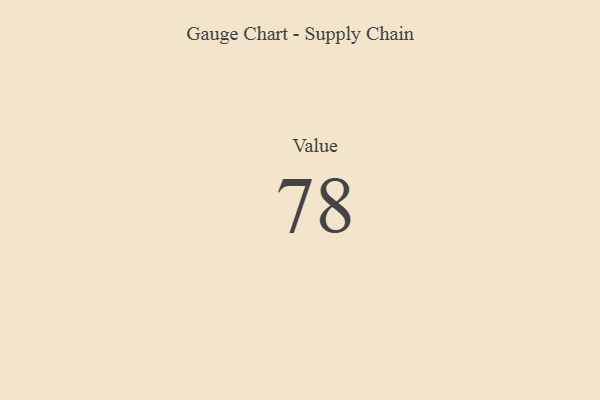
{"axis": {"x": "Metric", "y": "Value"}, "legend": [""], "data": [{"x": "Value", "y": 78, "type": ""}]}